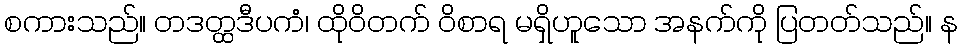
စကားသည်။ တဒတ္ထဒီပကံ၊ ထိုဝိတက် ဝိစာရ မရှိဟူသော အနက်ကို ပြတတ်သည်။ န